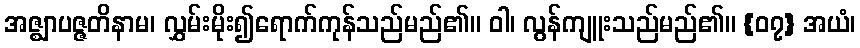
အဇ္ဈာပဇ္ဇတိနာမ၊ လွှမ်းမိုး၍ရောက်ကုန်သည်မည်၏။ ဝါ၊ လွန်ကျူးသည်မည်၏။ {၀၇} အယံ၊